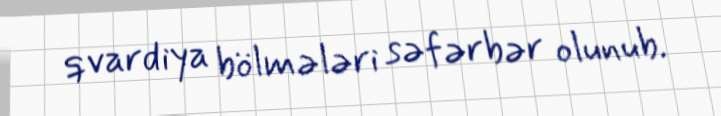
qvardiya bölmələri səfərbər olunub.